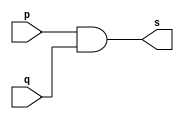
// ------------------------- 
// Exemplo0003 - AND 
// Nome: Guilherme Andrade Salum Terra 
// ------------------------- 

// ------------------------- 
// -- and gate 
// ------------------------- 
	module andgate ( output s, input p, input q); 
	assign s = p & q; 
	endmodule // andgate
	
// --------------------- 
// -- test and gate 
// --------------------- 
	module testandgate; 
// ------------------------- dados locais 
	reg a, b; // definir registradores 
	wire s; // definir conexao (fio) 
// ------------------------- instancia 
	andgate AND1 (s, a, b); 
// ------------------------- preparacao 
	initial begin:start 
	a=0; b=0; 
	end 
// ------------------------- parte principal 
	initial begin 
		$display("Exemplo0003 - Guilherme Terra - 427407"); 
		$display("Test AND gate"); 
		$display("\na & b = s\n"); 
		a=0; b=0; 
	#1 $display("%b & %b = %b", a, b, s); 
		a=0; b=1; 
	#1 $display("%b & %b = %b", a, b, s); 
		a=1; b=0; 
	#1 $display("%b & %b = %b", a, b, s); 
		a=1; b=1; 
	#1 $display("%b & %b = %b", a, b, s); 
	end 

endmodule // testandgate 

// ------------------------- testes

/*
	Test AND gate

	a & b = s

	0 & 0 = 0
	0 & 1 = 0
	1 & 0 = 0
	1 & 1 = 1
*/